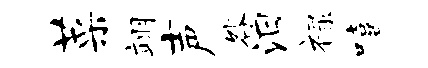
菜翊声咎汨禄嘻